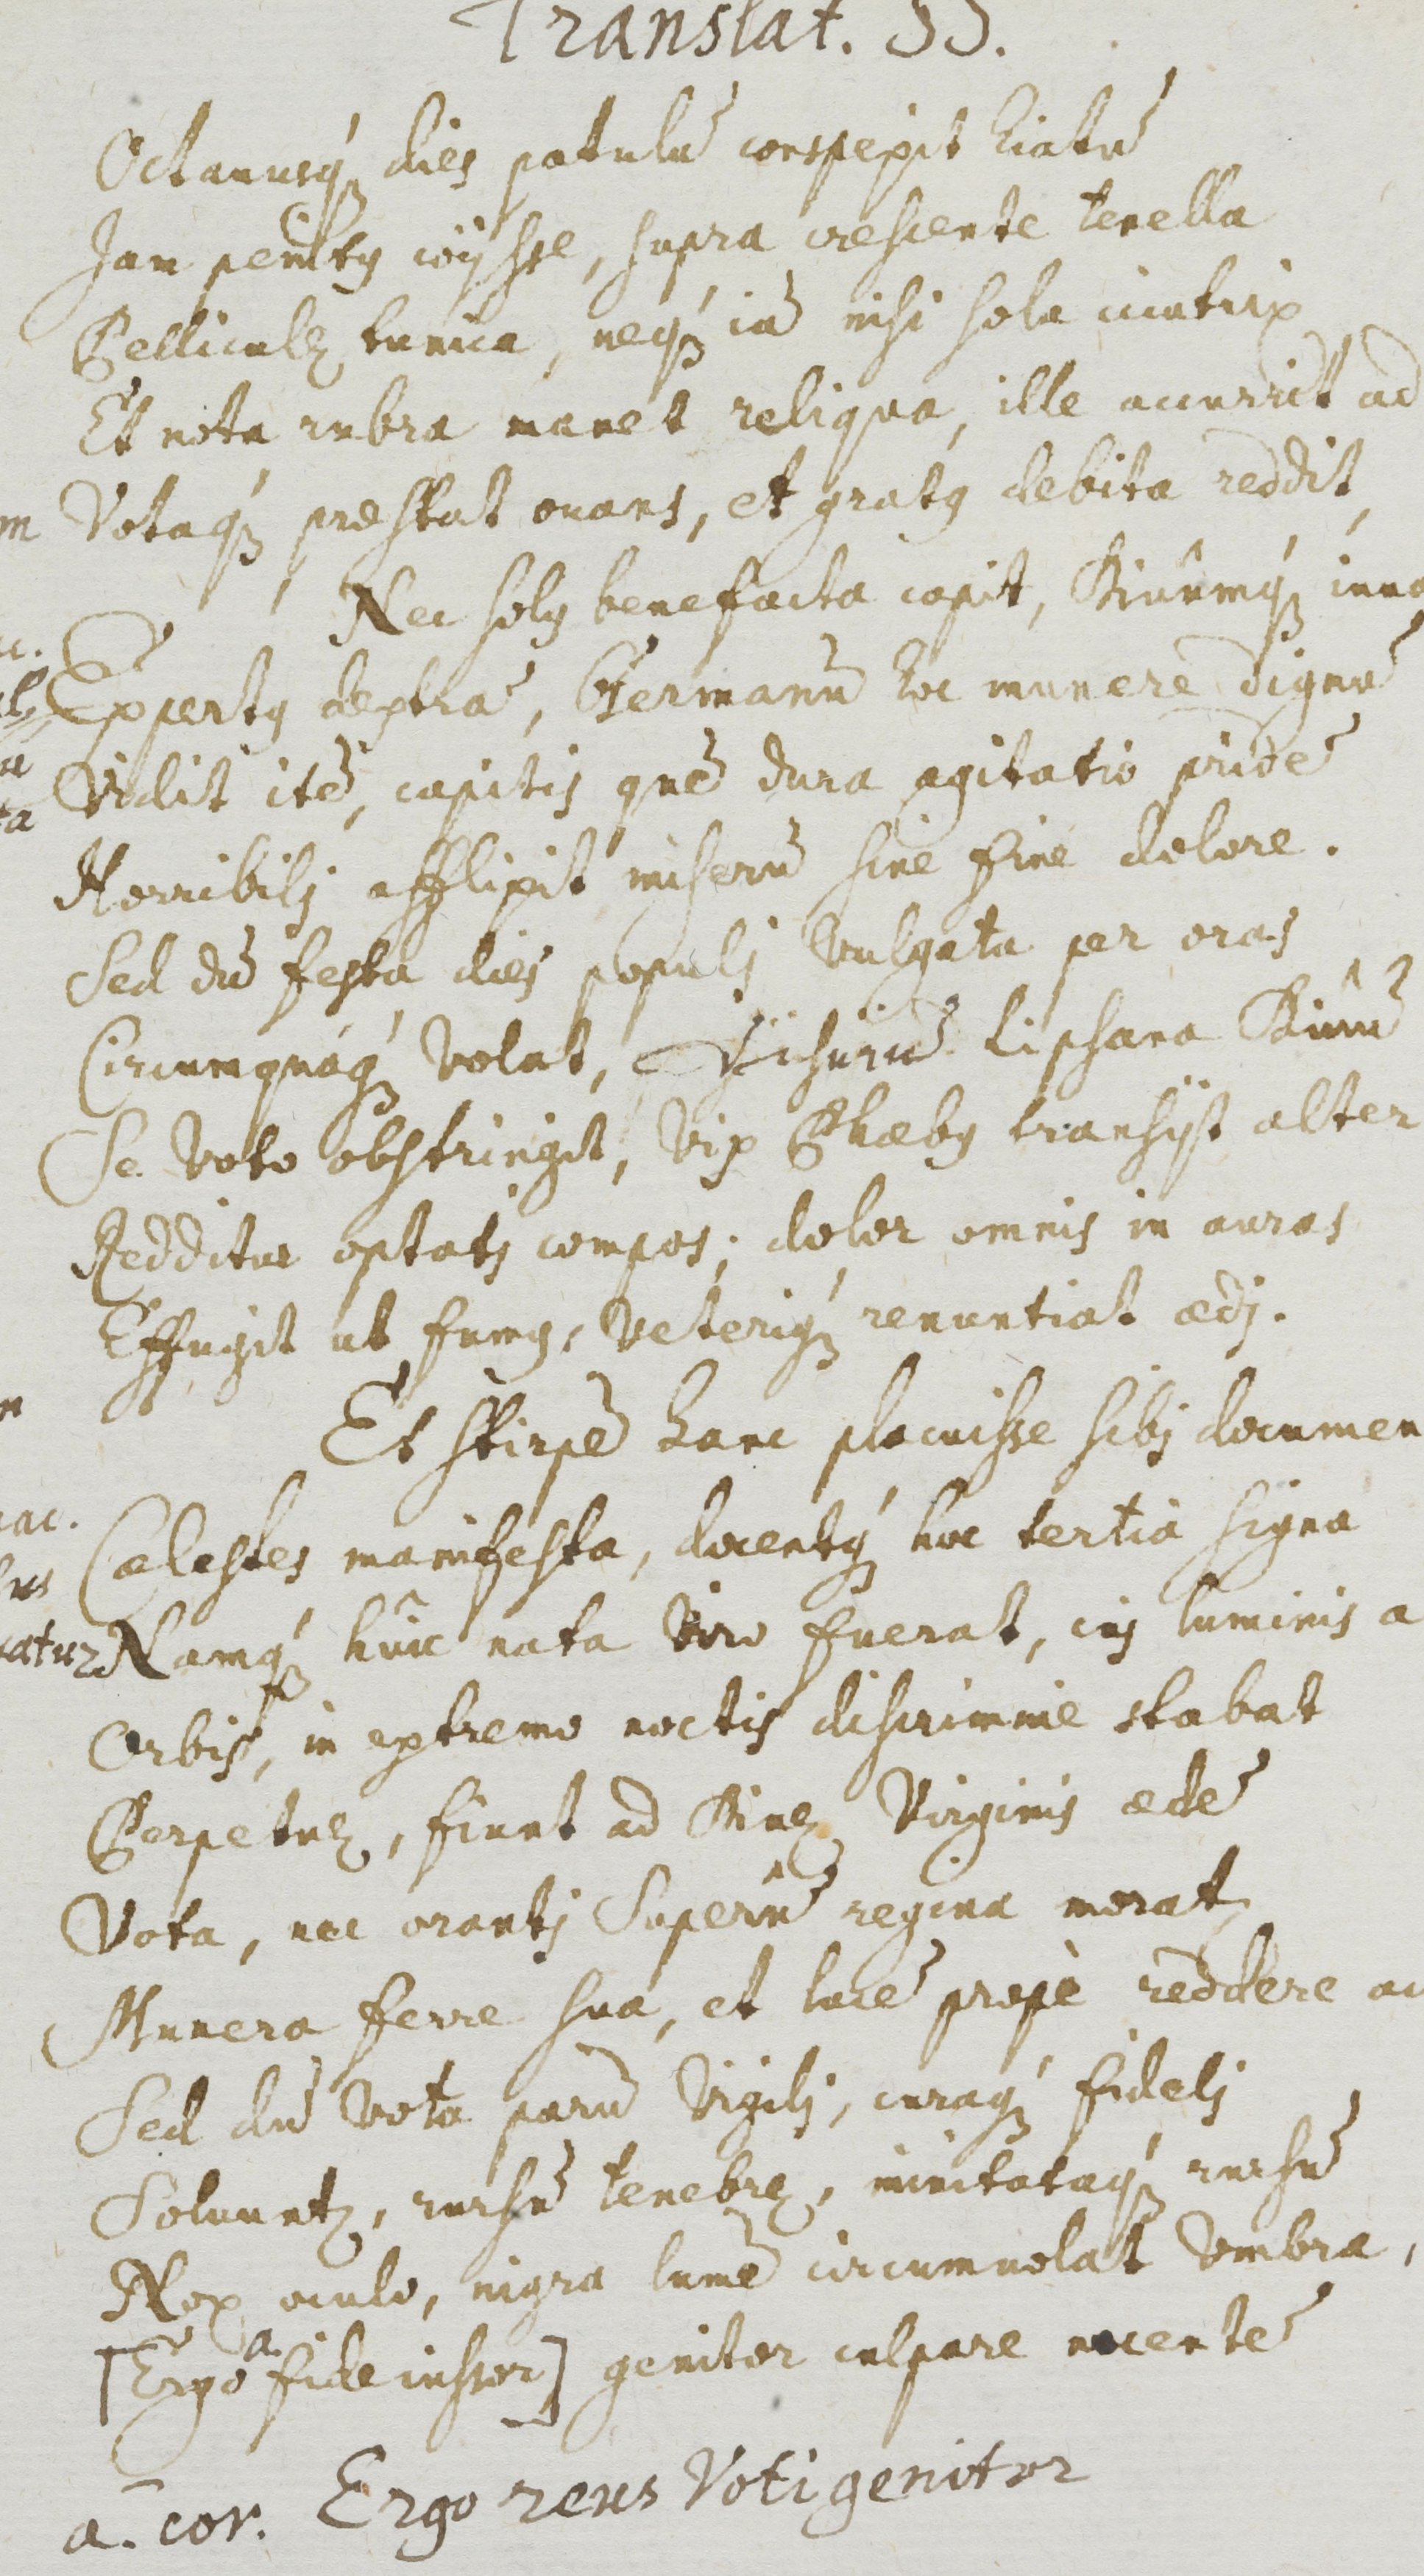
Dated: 1500–1599